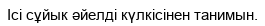
Ісі сұйык әйелді күлкісінен танимын.